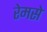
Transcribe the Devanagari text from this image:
रेमसे